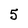
Character: 5